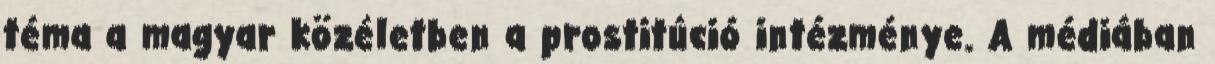
téma a magyar közéletben a prostitúció intézménye. A médiában